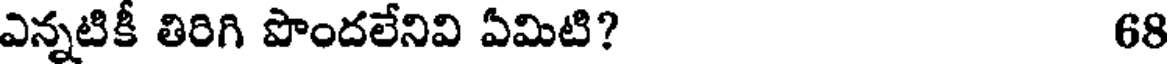
ఎన్నటికీ తిరిగి పొందలేనివి ఏమిటి? 68